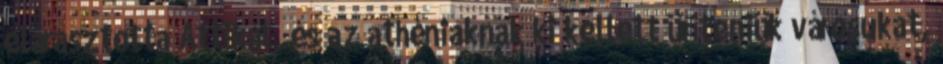
elárasztotta Attikát, és az athéniaknak ki kellett üríteniük városukat,